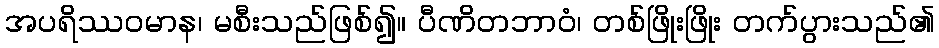
အပရိဿဝမာန၊ မစီးသည်ဖြစ်၍။ ပီဏိတဘာဝံ၊ တစ်ဖြိုးဖြိုး တက်ပွားသည်၏